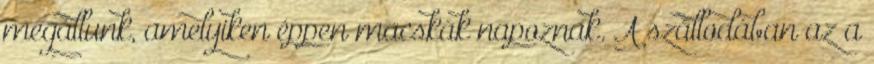
megállunk, amelyiken éppen macskák napoznak. A szállodában az a